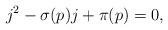
LaTeX: \begin{align*} j^2 - \sigma(p) j + \pi(p) = 0, \end{align*}